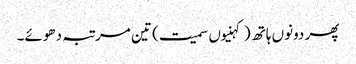
پھر دونوں ہاتھ (کہنیوں سمیت) تین مرتبہ دھوئے۔